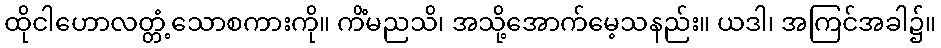
ထိုငါဟောလတ္တံ့သောစကားကို။ ကိံမညသိ၊ အသို့အောက်မေ့သနည်း။ ယဒါ၊ အကြင်အခါ၌။